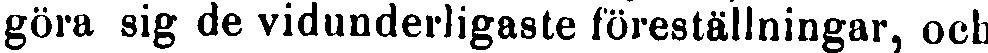
göra sig de vidunderligaste föreställningar, och